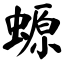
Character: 螈